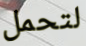
لتحمل